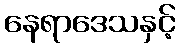
နေရာဒေသနှင့်